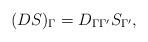
LaTeX: \begin{align*}(DS)_\Gamma=D_{\Gamma\Gamma'}S_{\Gamma'},\end{align*}